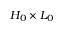
H _ { 0 } \times L _ { 0 }